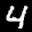
Label: 4